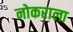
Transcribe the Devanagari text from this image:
नोकराला